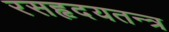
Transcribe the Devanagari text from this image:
रसहृदयतन्त्र